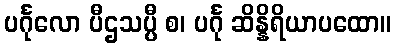
ပင်္ဂုလော ပီဌသပ္ပီ စ၊ ပင်္ဂု ဆိန္နိရိယာပထော။